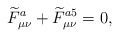
\begin{align*}\widetilde{F}_{\mu\nu}^{a}+\widetilde{F}_{\mu\nu}^{a5}=0,\end{align*}